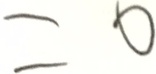
= 0